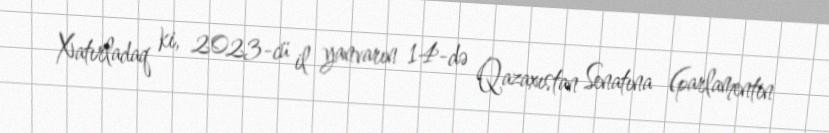
Xatırladaq ki, 2023-cü il yanvarın 14-də Qazaxıstan Senatına (parlamentin